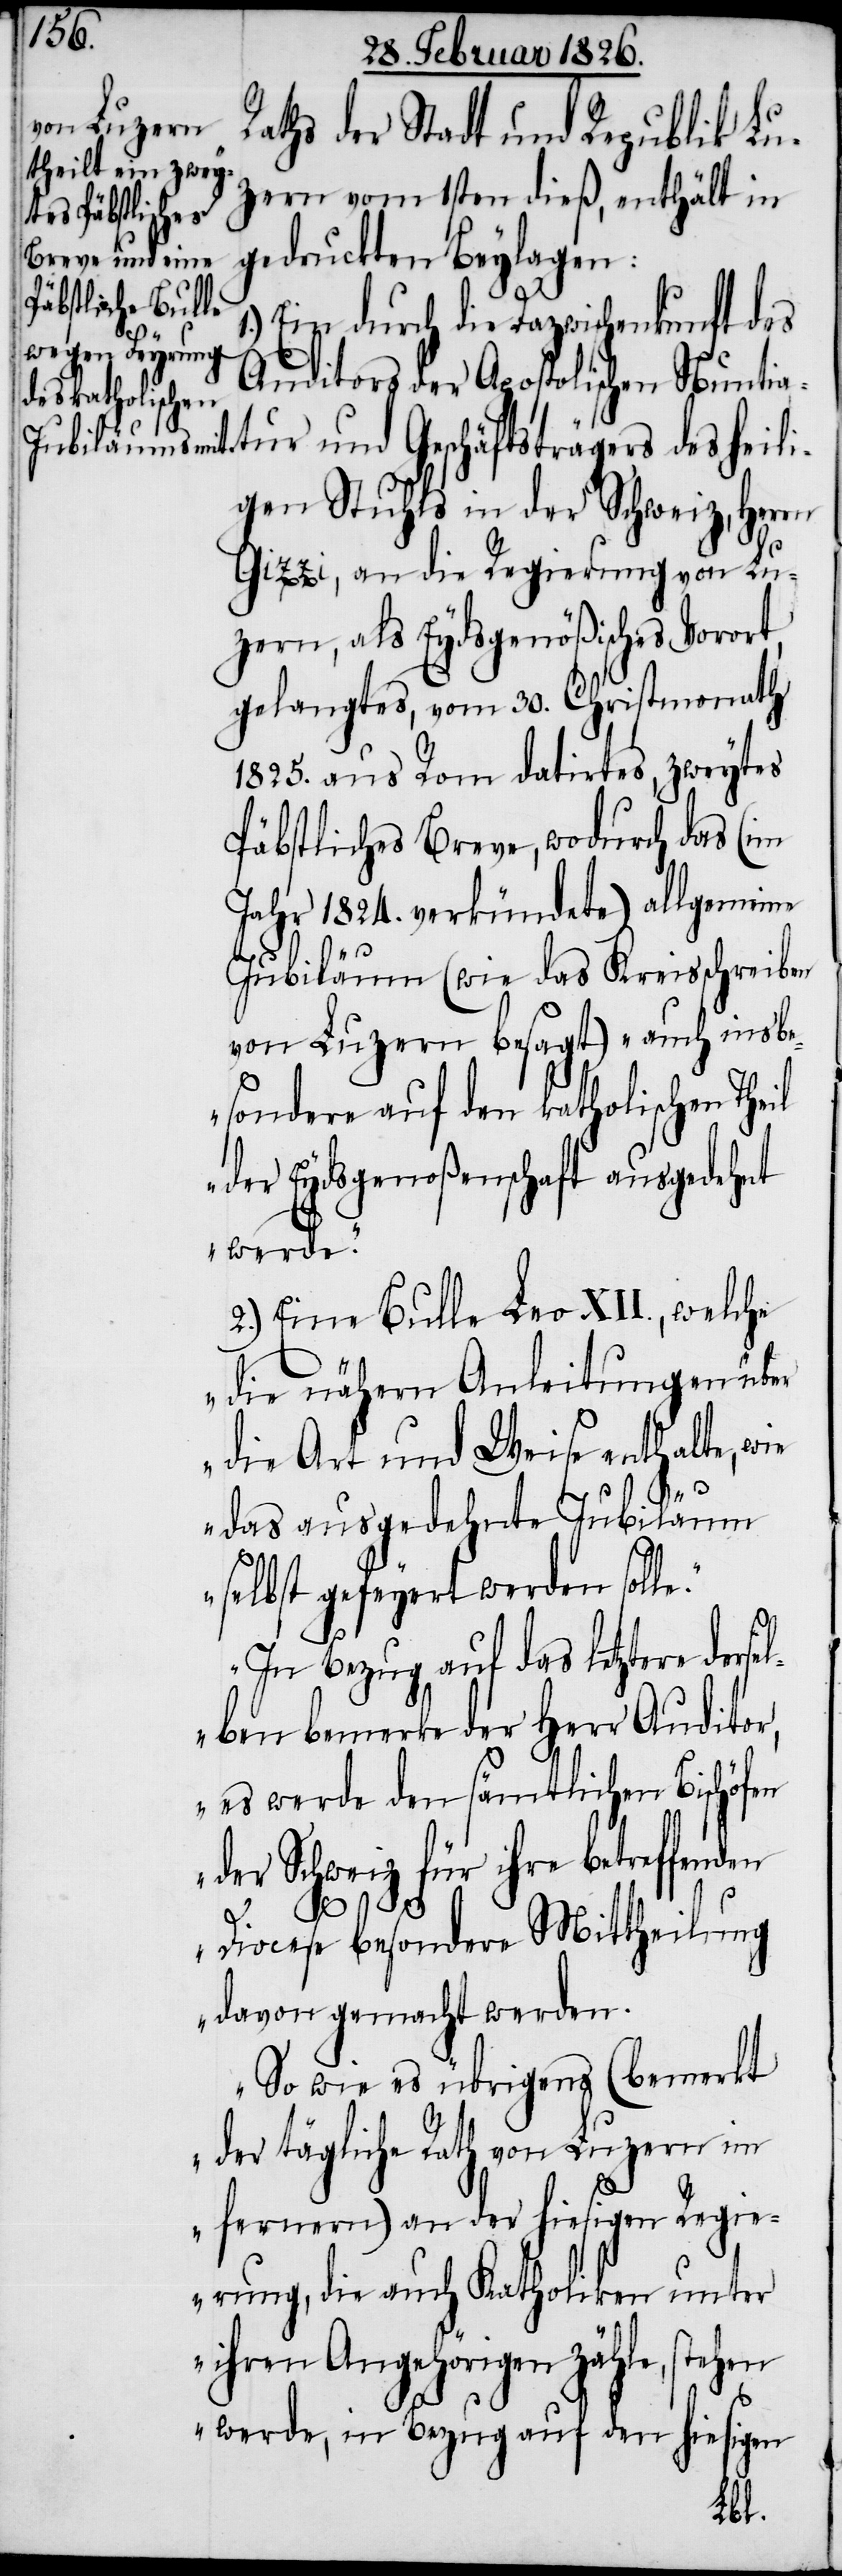
den

Raths der Stadt und Republik Lu¬
zern vom 1sten dieß, enthält in
gedruckten Beylagen:
Ein durch die Dazwischenkunft des
Auditors der Apostolischen Nuntia¬
tur und Geschäftsträgers des heili¬
gen Stuhls in der Schweiz, Herrn
Gizzi, an die Regierung von Lu¬
zern, als Eydsgenößisches Vorort,
gelangtes, vom 30. Christmonath
1825. aus Rom datirtes, zweytes
Päbstliches Breve, wodurch das (im
Jahr 1824. verkündete) allgemeine
Jubiläum (wie das Kreisschreiben
von Luzern besagt) „auch insbe¬
sondere auf den katholischen The¬
der Eydsgenoßenschaft ausgedehnt
werde.“
2.) Eine Bulle Leo XII., „welche
die nähern Anleitungen über
die Art und Weise enthalte, wie
das ausgedehnte Jubiläum
selbst gefeyert werden solle.
1.)
In Bezug auf das letztere dersel¬
ben bemerke der Herr Auditor,
es werde den sämtlichen Bischöfen
der Schweiz für ihre betreffen¬
Diocese besondere Mittheilung
davon gemacht werden.
So wie es übrigens (bemerkt
der tägliche Rath von Luzern im
fernern) an der hiesigen Regie¬
rung, die auch Katholiken unter
ihren Angehörigen zähle, stehen
werde, in Bezug auf den hiesigen
il